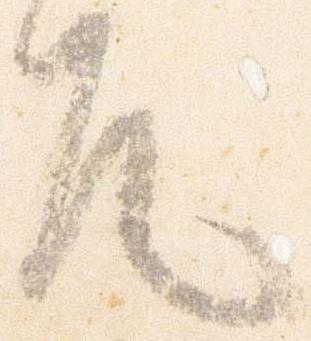
元